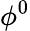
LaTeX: \phi^{0}